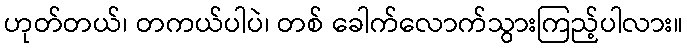
ဟုတ်တယ်၊ တကယ်ပါပဲ၊ တစ် ခေါက်လောက်သွားကြည့်ပါလား။